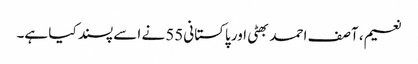
نعیم، آصف احمد بھٹی اور پاکستانی55 نے اسے پسند کیا ہے۔